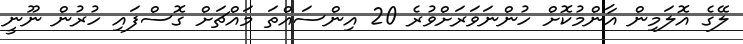
ލޭގެ އޮލަމިން އާންމުކޮށް ހުންނަވަރަށްވުރެ 20 އިންސައްތަ މައްޗަށް ގޮސްފައި ހުރުން ނޫނީ